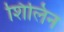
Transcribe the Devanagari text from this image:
शिलिन